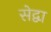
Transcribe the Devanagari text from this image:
सेद्वा